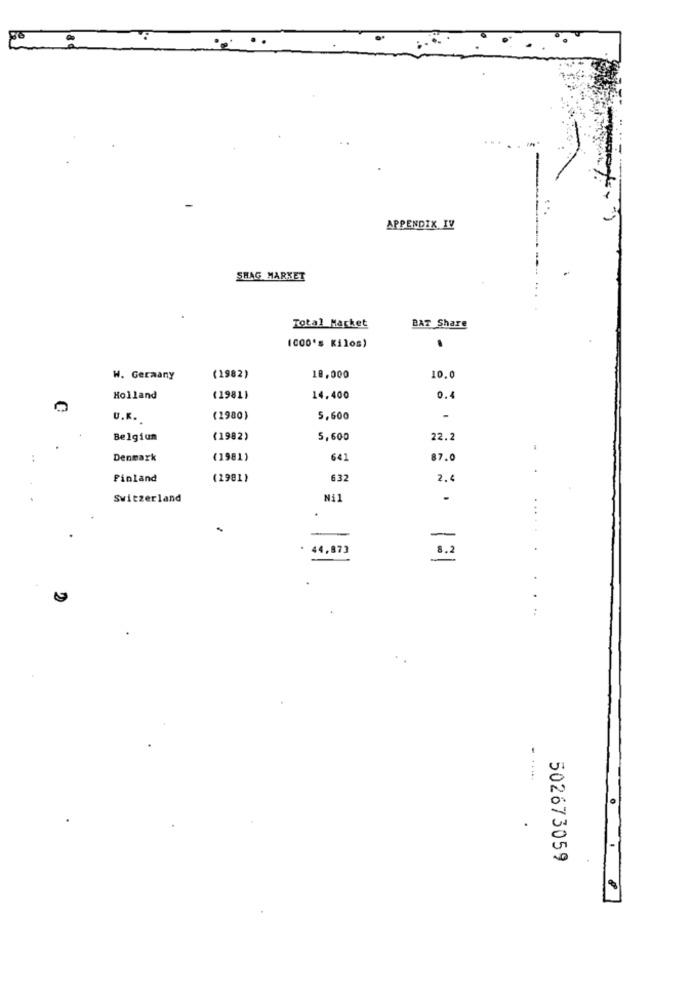
APPENDIX IV
SHAG MARKET
Total Macket
BAT Share
(000's Kilos)
W. Germany
(1982)
18,000
10.0
Holland
(1981]
14.400
0.
0
U.K.
(2980)
5,600
-
Belgium
(1982)
5,600
22.2
:
Denmark
(1981)
641
87.0
Finland
(2981)
632
2.6
Switzerland
Ni1
-
...
.
· 44,873
1.2
......
502673059